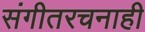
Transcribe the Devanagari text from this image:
संगीतरचनाही